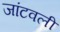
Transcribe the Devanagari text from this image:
जांटवली